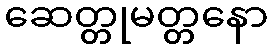
ဆေတ္တုမတ္တနော